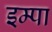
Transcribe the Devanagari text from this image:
इम्पा